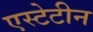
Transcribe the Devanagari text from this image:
एस्टेटीन